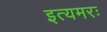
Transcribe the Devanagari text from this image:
इत्यमरः